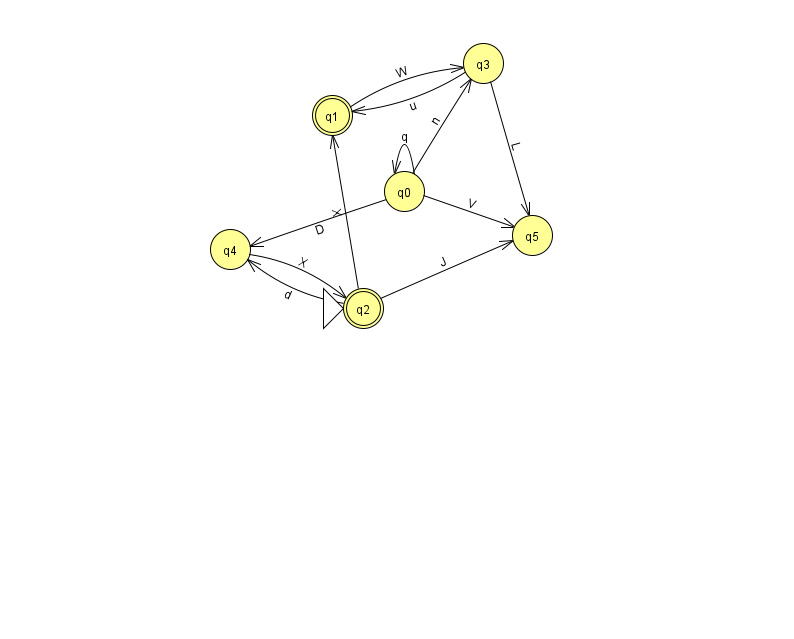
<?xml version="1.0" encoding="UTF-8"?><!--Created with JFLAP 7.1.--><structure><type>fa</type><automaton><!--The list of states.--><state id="0" name="q0"><x>404.0</x><y>178.0</y></state><state id="1" name="q1"><x>332.0</x><y>102.0</y><final/></state><state id="2" name="q2"><x>363.0</x><y>295.0</y><initial/><final/></state><state id="3" name="q3"><x>483.0</x><y>50.0</y></state><state id="4" name="q4"><x>230.0</x><y>236.0</y></state><state id="5" name="q5"><x>532.0</x><y>222.0</y></state><!--The list of transitions.--><transition><from>0</from><to>0</to><read>q</read></transition><transition><from>0</from><to>5</to><read>V</read></transition><transition><from>4</from><to>2</to><read>X</read></transition><transition><from>2</from><to>1</to><read>X</read></transition><transition><from>0</from><to>4</to><read>D</read></transition><transition><from>1</from><to>3</to><read>W</read></transition><transition><from>2</from><to>5</to><read>J</read></transition><transition><from>3</from><to>1</to><read>u</read></transition><transition><from>3</from><to>5</to><read>L</read></transition><transition><from>2</from><to>4</to><read>d</read></transition><transition><from>0</from><to>3</to><read>n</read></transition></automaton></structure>